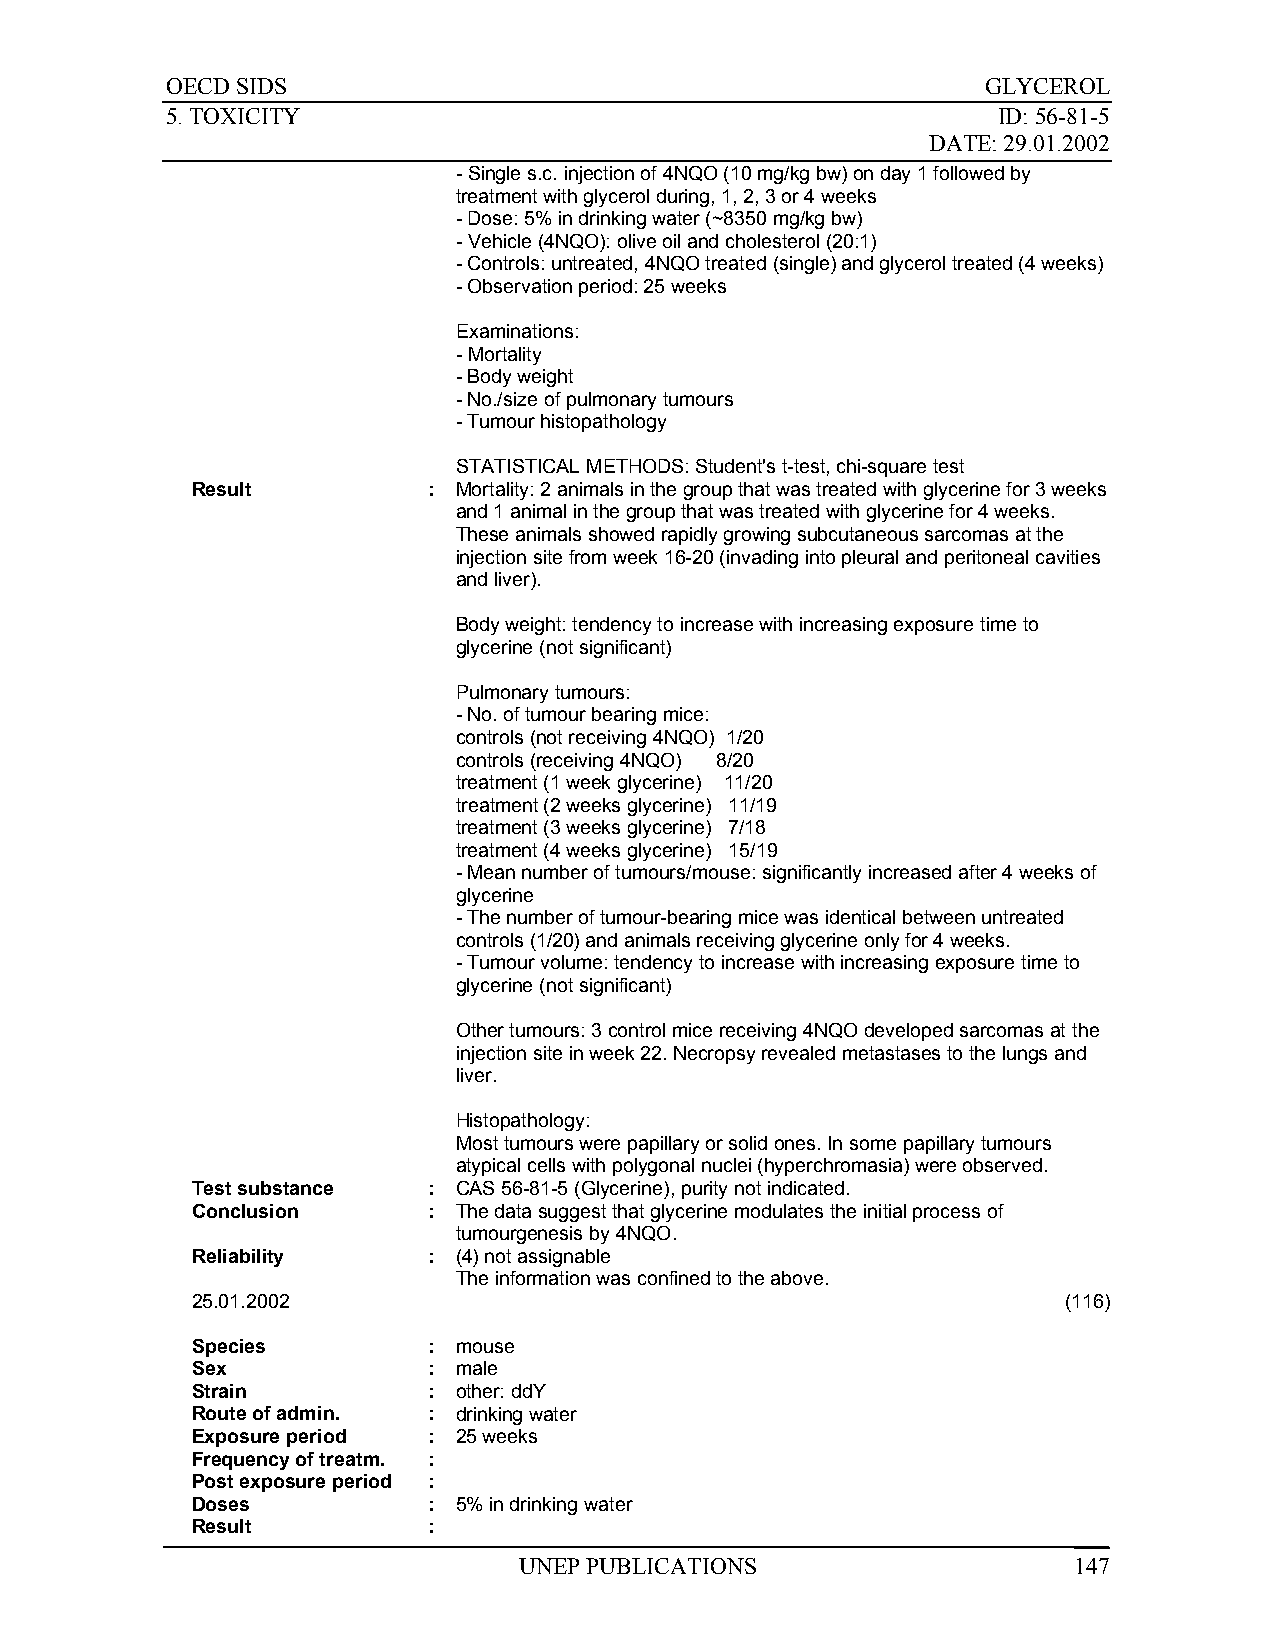
OECD SIDS                                             GLYCEROL
 5. TOXICITY                                            ID: 56-81-5
 DATE: 29.01.2002
 - Single s.c. injection of 4NQO (10 mg/kg bw) on day 1 followed by
 treatment with glycerol during, 1, 2, 3 or 4 weeks
 - Dose: 5% in drinking water (~8350 mg/kg bw)
 - Vehicle (4NQO): olive oil and cholesterol (20:1)
 - Controls: untreated, 4NQO treated (single) and glycerol treated (4 weeks)
 - Observation period: 25 weeks
 Examinations:
 - Mortality
 - Body weight
 - No./size of pulmonary tumours
 - Tumour histopathology
 STATISTICAL METHODS: Student's t-test, chi-square test
 Result         : Mortality: 2 animals in the group that was treated with glycerine for 3 weeks
 and 1 animal in the group that was treated with glycerine for 4 weeks.
 These animals showed rapidly growing subcutaneous sarcomas at the
 injection site from week 16-20 (invading into pleural and peritoneal cavities
 and liver).
 Body weight: tendency to increase with increasing exposure time to
 glycerine (not significant)
 Pulmonary tumours:
 - No. of tumour bearing mice:
 controls (not receiving 4NQO) 1/20
 controls (receiving 4NQO) 8/20
 treatment (1 week glycerine) 11/20
 treatment (2 weeks glycerine) 11/19
 treatment (3 weeks glycerine) 7/18
 treatment (4 weeks glycerine) 15/19
 - Mean number of tumours/mouse: significantly increased after 4 weeks of
 glycerine
 - The number of tumour-bearing mice was identical between untreated
 controls (1/20) and animals receiving glycerine only for 4 weeks.
 - Tumour volume: tendency to increase with increasing exposure time to
 glycerine (not significant)
 Other tumours: 3 control mice receiving 4NQO developed sarcomas at the
 injection site in week 22. Necropsy revealed metastases to the lungs and
 liver.
 Histopathology:
 Most tumours were papillary or solid ones. In some papillary tumours
 atypical cells with polygonal nuclei (hyperchromasia) were observed.
 Test substance : CAS 56-81-5 (Glycerine), purity not indicated.
 Conclusion     : The data suggest that glycerine modulates the initial process of
 tumourgenesis by 4NQO.
 Reliability    : (4) not assignable
 The information was confined to the above.
 25.01.2002                                               (116)
 Species        : mouse
 Sex            : male
 Strain         : other: ddY
 Route of admin. : drinking water
 Exposure period : 25 weeks
 Frequency of treatm. :
 Post exposure period :
 Doses          : 5% in drinking water
 Result         :
 UNEP PUBLICATIONS                    147